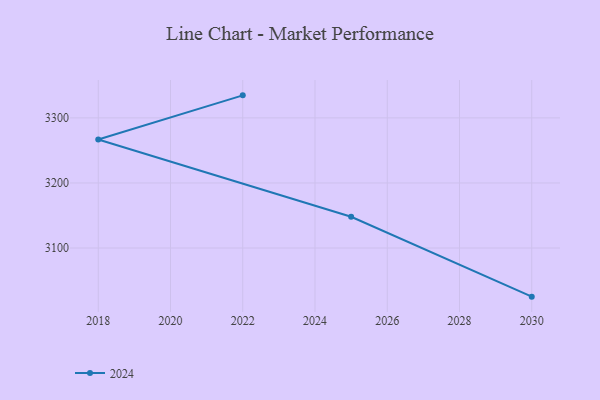
{"axis": {"x": "Year", "y": "Gross Profit (USD K)"}, "legend": ["2024"], "data": [{"x": "2030", "y": 3025.3, "type": "2024"}, {"x": "2025", "y": 3148.1, "type": "2024"}, {"x": "2018", "y": 3266.7, "type": "2024"}, {"x": "2022", "y": 3334.6, "type": "2024"}]}